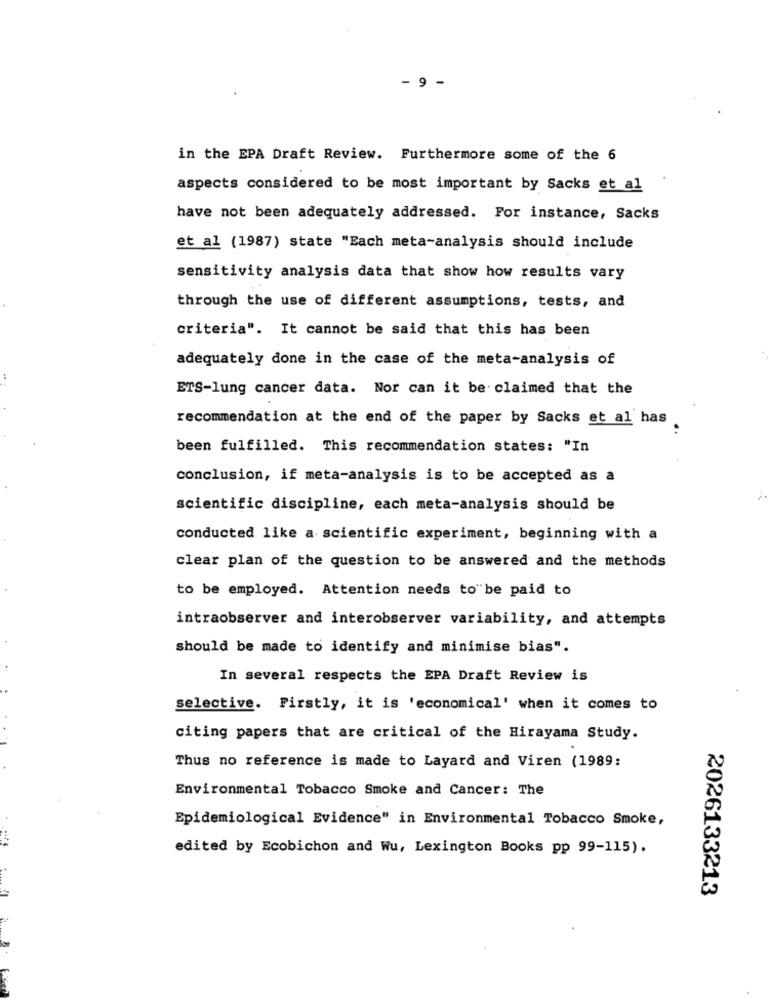
- 9 -
in the EPA Draft Review. Furthermore some of the 6
aspects considered to be most important by Sacks et al
have not been adequately addressed. For instance, Sacks
et al (1987) state "Each meta-analysis should include
sensitivity analysis data that show how results vary
through the use of different assumptions, tests, and
criteria". It cannot be said that this has been
adequately done in the case of the meta-analysis of
ETS-lung cancer data. Nor can it be claimed that the
recommendation at the end of the paper by Sacks et al has
been fulfilled. This recommendation states: "In
conclusion, if meta-analysis is to be accepted as a
scientific discipline, each meta-analysis should be
conducted like a scientific experiment, beginning with a
clear plan of the question to be answered and the methods
to be employed. Attention needs to be paid to
intraobserver and interobserver variability, and attempts
should be made to identify and minimise bias".
In several respects the EPA Draft Review is
selective. Firstly, it is 'economical' when it comes to
citing papers that are critical of the Hirayama Study.
Thus no reference is made to Layard and Viren (1989:
Environmental Tobacco Smoke and Cancer: The
Epidemiological Evidence" in Environmental Tobacco Smoke,
edited by Ecobichon and Wu, Lexington Books pp 99-115).
2026133213